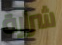
شرارة